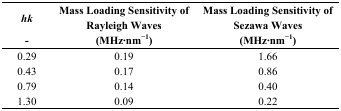
| hk | Mass Loading Sensitivity of Rayleigh Waves | Mass Loading Sensitivity of Sezawa Waves |
 | - | (MHz·nm−1) | (MHz·nm−1) |
 | --- | --- | --- |
 | 0.29 | 0.19 | 1.66 |
 | 0.43 | 0.17 | 0.86 |
 | 0.79 | 0.14 | 0.40 |
 | 1.30 | 0.09 | 0.22 |